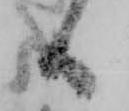
候